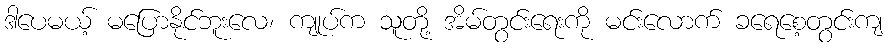
ဒါပေမယ့် မပြောနိုင်ဘူးလေ၊ ကျုပ်က သူတို့ အိမ်တွင်းရေးကို မင်းလောက် ခရေစေ့တွင်းကျ